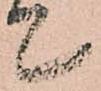
て